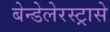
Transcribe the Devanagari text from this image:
बेन्डेलेरस्ट्रासे